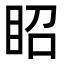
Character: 眧